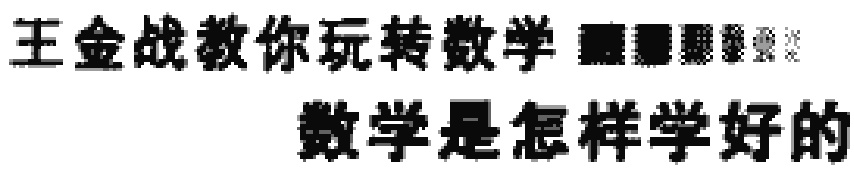
王金战教你玩转数学  数学是怎样学好的